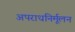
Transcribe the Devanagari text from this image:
अपराधनिर्मूलन